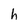
Character: h